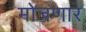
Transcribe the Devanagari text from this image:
मोजणार